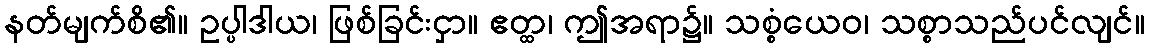
နတ်မျက်စိ၏။ ဥပ္ပါဒါယ၊ ဖြစ်ခြင်းငှာ။ ဧတ္ထ၊ ဤအရာ၌။ သစ္စံယေဝ၊ သစ္စာသည်ပင်လျင်။